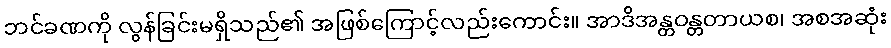
ဘင်ခဏကို လွန်ခြင်းမရှိသည်၏ အဖြစ်ကြောင့်လည်းကောင်း။ အာဒိအန္တဝန္တတာယစ၊ အစအဆုံး